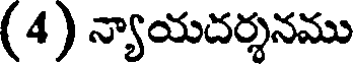
(4) న్యాయదర్శనము